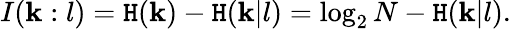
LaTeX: I(\mathbf{k}:l)=\mathtt{H}(\mathbf{k})-\mathtt{H}(\mathbf{k}|l)=\log_{2}N-\mathtt{H}(\mathbf{k}|l).